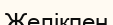
Желікпен